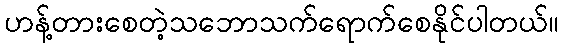
ဟန့်တားစေတဲ့သဘောသက်ရောက်စေနိုင်ပါတယ်။